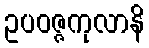
ဥပဝဇ္ဇကုလာနိ